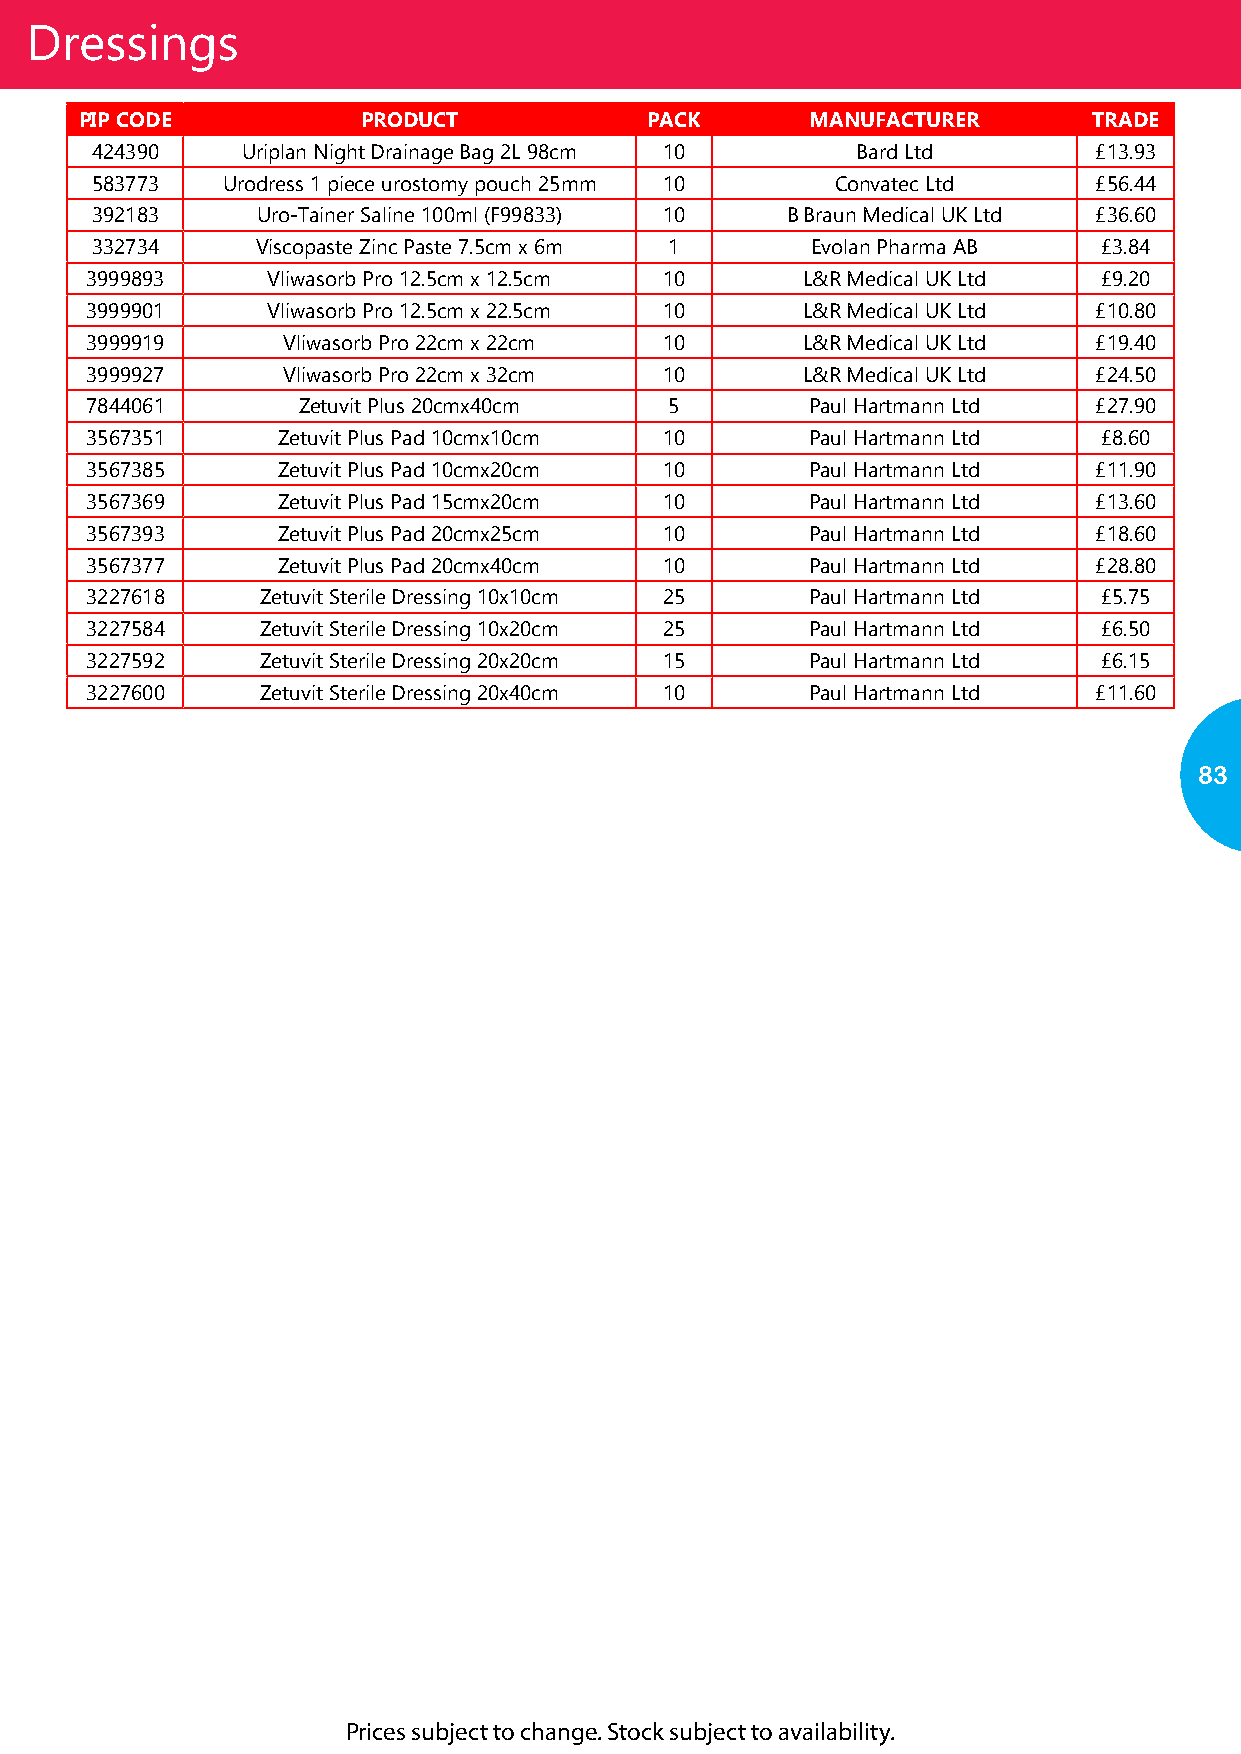
Dressings
 PIP CODE           PRODUCT            PACK       MANUFACTURER      TRADE
 424390    Uriplan Night Drainage Bag 2L 98cm 10    Bard Ltd       £13.93
 583773   Urodress 1 piece urostomy pouch 25mm 10 Convatec Ltd     £56.44
 392183     Uro-Tainer Saline 100ml (F99833) 10 B Braun Medical UK Ltd £36.60
 332734     Viscopaste Zinc Paste 7.5cm x 6m 1   Evolan Pharma AB   £3.84
 3999893     Vliwasorb Pro 12.5cm x 12.5cm 10   L&R Medical UK Ltd  £9.20
 3999901     Vliwasorb Pro 12.5cm x 22.5cm 10   L&R Medical UK Ltd £10.80
 3999919      Vliwasorb Pro 22cm x 22cm 10      L&R Medical UK Ltd £19.40
 3999927      Vliwasorb Pro 22cm x 32cm 10      L&R Medical UK Ltd £24.50
 7844061       Zetuvit Plus 20cmx40cm  5         Paul Hartmann Ltd £27.90
 3567351     Zetuvit Plus Pad 10cmx10cm 10       Paul Hartmann Ltd  £8.60
 3567385     Zetuvit Plus Pad 10cmx20cm 10       Paul Hartmann Ltd £11.90
 3567369     Zetuvit Plus Pad 15cmx20cm 10       Paul Hartmann Ltd £13.60
 3567393     Zetuvit Plus Pad 20cmx25cm 10       Paul Hartmann Ltd £18.60
 3567377     Zetuvit Plus Pad 20cmx40cm 10       Paul Hartmann Ltd £28.80
 3227618    Zetuvit Sterile Dressing 10x10cm 25  Paul Hartmann Ltd  £5.75
 3227584    Zetuvit Sterile Dressing 10x20cm 25  Paul Hartmann Ltd  £6.50
 3227592    Zetuvit Sterile Dressing 20x20cm 15  Paul Hartmann Ltd  £6.15
 3227600    Zetuvit Sterile Dressing 20x40cm 10  Paul Hartmann Ltd £11.60
 83
 Prices subject to change. Stock subject to availability.